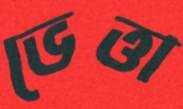
ভেত্তা